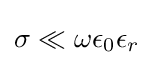
\sigma \ll \omega \epsilon _{0}\epsilon _{r}